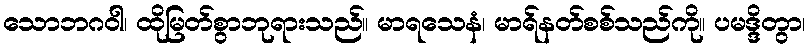
သောဘဂဝါ၊ ထိုမြတ်စွာဘုရားသည်။ မာရသေနံ၊ မာရ်နတ်စစ်သည်ကို။ ပမဒ္ဒိတွာ၊